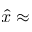
\hat { x } \approx